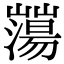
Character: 𡾕